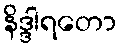
နိဒ္ဒါရတော